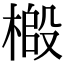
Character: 𫞌